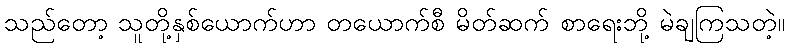
သည်တော့ သူတို့နှစ်ယောက်ဟာ တယောက်စီ မိတ်ဆက် စာရေးဘို့ မဲချကြသတဲ့။